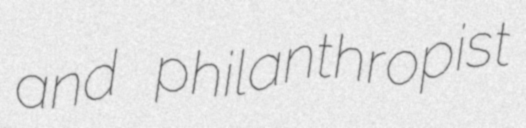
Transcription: and philanthropist